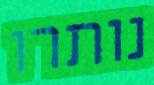
נותרו